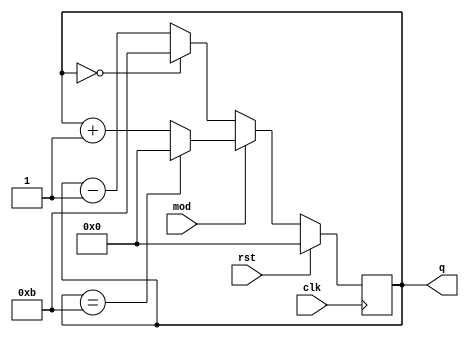
module mod_12_ud_counter(
  output reg [3:0] q,
  input mod, clk, rst
);

  always @(posedge clk) begin
    if (rst) begin
      q <= 4'b0000;
    end
    else begin
      if (mod) begin //mod=1 for up counter
        if (q == 4'b1011) begin
          q <= 4'b0000;
        end
        else begin
          q <= q + 1;
        end
      end
      else begin
       if (q == 4'b0000) begin
          q <= 4'b1011;
       end
       else begin
          q <= q - 1;
       end
       end
    end
  end
endmodule